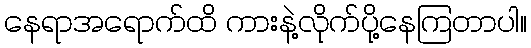
နေရာအရောက်ထိ ကားနဲ့လိုက်ပို့နေကြတာပါ။